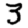
Digit: 3